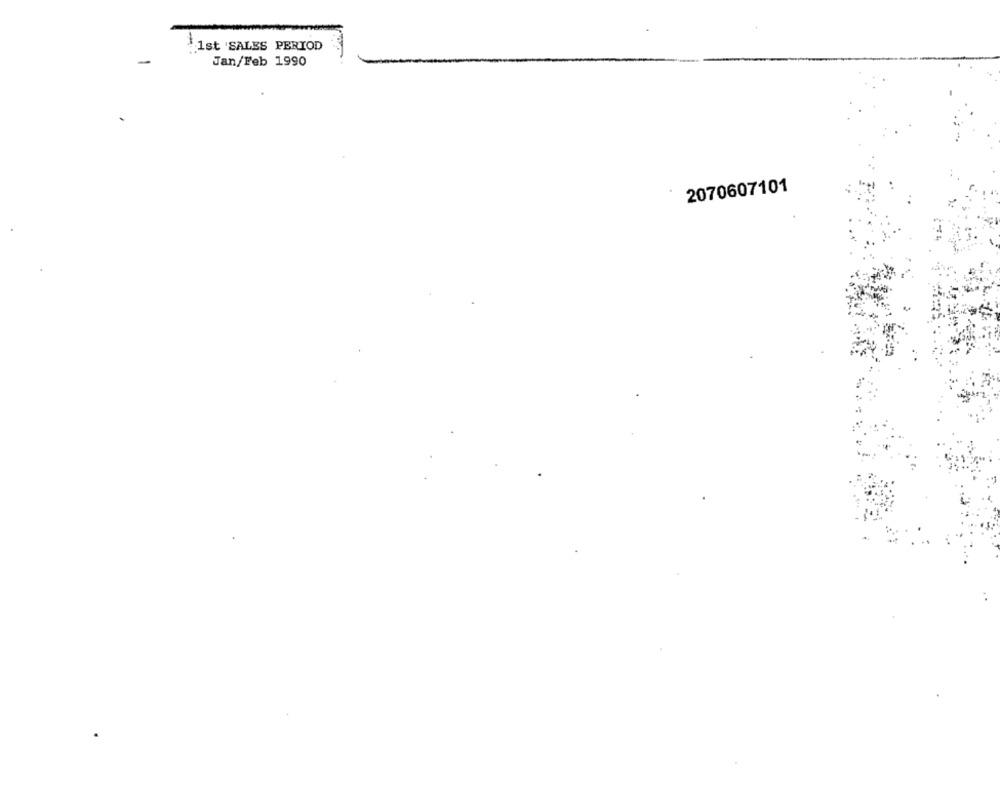
$1st SALES PERIOD
Jan/Feb 1990
2070607101